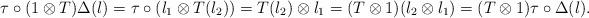
LaTeX: \begin{align*}\tau \circ (1\otimes T) \Delta(l)=\tau \circ (l_1 \otimes T(l_2)) =T(l_2) \otimes l_1 =(T \otimes 1)(l_2 \otimes l_1) =(T \otimes 1) \tau \circ \Delta(l).\end{align*}